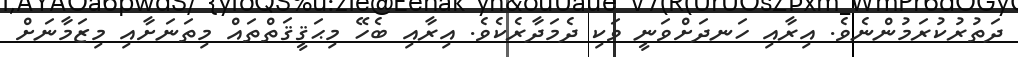
ދަތުރުކުރަމުންނެވެ. އިރާއި ހަނދަށްވަނީ ވަކި ދެމަދާރެކެވެ. އިރާއި ބެހޭ މިޙަޤީޤަތްތައް މިތަނަށާއި މިޒަމާނަށް